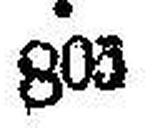
803